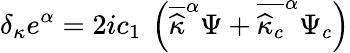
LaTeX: \delta_{\kappa}e^{\alpha}=2ic_{1}\: \left(\overline{{{\widehat{\kappa}}}}^{\alpha}\Psi+\overline{{{\widehat{\kappa}_{c}}}}^{\alpha}\Psi_{c}\right)